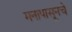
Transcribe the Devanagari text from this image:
मनापासूनचे